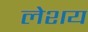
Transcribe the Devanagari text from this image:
लेशय